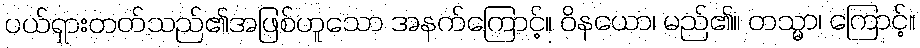
ပယ်ရှားတတ်သည်၏အဖြစ်ဟူသော အနက်ကြောင့်။ ဝိနယော၊ မည်၏။ တသ္မာ၊ ကြောင့်။